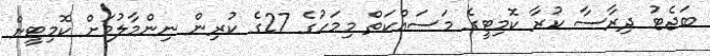
ބަޖެޓު ދިރާސާ ކުރާ ކޮމިޓީގެ މަސައްކަތް މިމަހުގެ 27ގެ ކުރިން ނިންމާލުމަށް ކޮމިޓީން